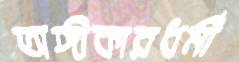
অঙ্গীকারধর্মী